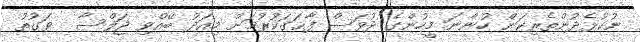
ނުކުޅެދުންތެރިކަން ހުންނަ މީހުންގެ ދުވަސް ފާޙަގަކުރުމަށް މިއަދު ބޭއްވި ޖަލްސާ  ވަގުތު